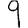
Digit: 9